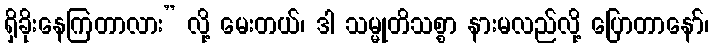
ရှိခိုးနေကြတာလား” လို့ မေးတယ်၊ ဒါ သမ္မုတိသစ္စာ နားမလည်လို့ ပြောတာနော်၊